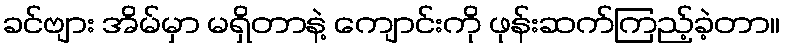
ခင်ဗျား အိမ်မှာ မရှိတာနဲ့ ကျောင်းကို ဖုန်းဆက်ကြည့်ခဲ့တာ။